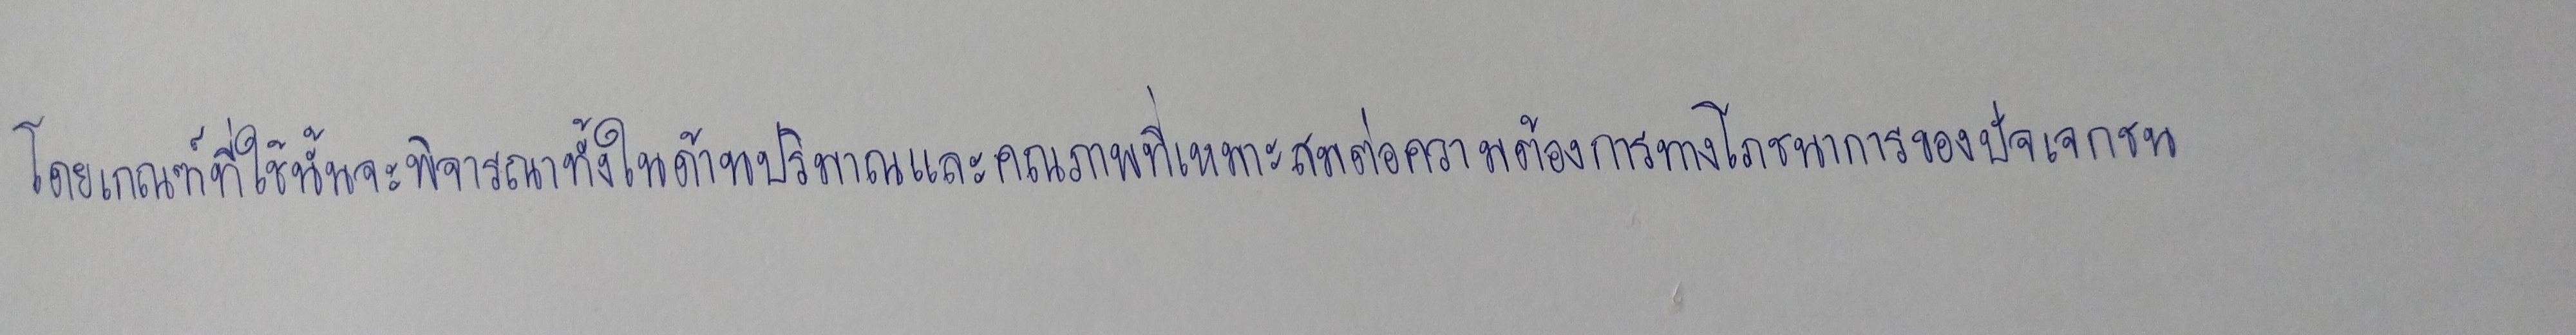
โดยเกณฑ์ที่ใช้นั้นจะพิจารณาทั้งในด้านปริมาณและคุณภาพที่เหมาะต่อความต้องการทางโภชนาการของปัจเจกชน